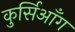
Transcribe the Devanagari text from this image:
कुर्सिआँग